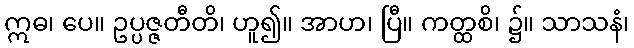
ဣဓ၊ ပေ။ ဥပ္ပဇ္ဇတီတိ၊ ဟူ၍။ အာဟ၊ ပြီ။ ကတ္ထစိ၊ ၌။ သာသနံ၊